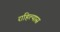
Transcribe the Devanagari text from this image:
राहिल्‍यास